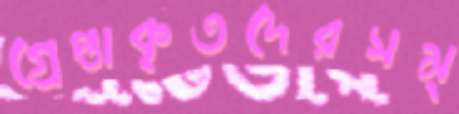
গ্রেপ্তাকৃতদেরসম্